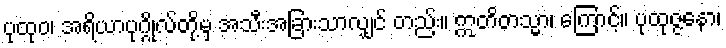
ပုထုဝ၊ အရိယာပုဂ္ဂိုလ်တို့မှ အသီးအခြားသာလျှင် တည်း။ ဣတိတသ္မာ၊ ကြောင့်။ ပုထုဇ္ဇနော၊